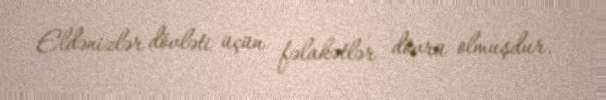
Eldənizlər dövləti üçün fəlakətlər dövrü olmuşdur.